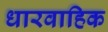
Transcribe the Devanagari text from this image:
धारवाहिक